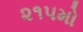
૨૧૫મો